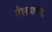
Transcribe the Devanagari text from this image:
मीरवानी